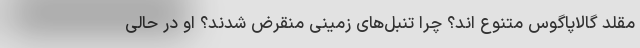
مقلد گالاپاگوس متنوع اند؟ چرا تنبل‌های زمینی منقرض شدند؟ او در حالی